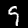
Digit: 9